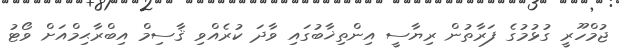
ޖުމްހޫރީ ގުޅުމުގެ ފަރާތުން ރިޔާސީ އިންތިޚާބުގައި ވާދަ ކުރެއްވި ޤާސިމް އިބްރާޙިމްއަށް ވޯޓު